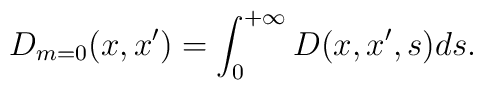
D_{m=0}(x,x^{\prime })=\int_0^{+\infty }D(x,x^{\prime },s)ds.